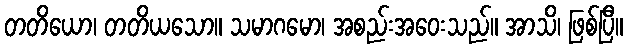
တတိယော၊ တတိယသော။ သမာဂမော၊ အစည်းအဝေးသည်။ အာသိ၊ ဖြစ်ပြီ။